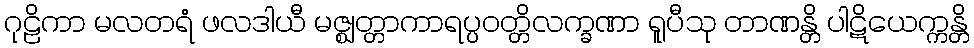
ဂုဠိကာ မလတရံ ဖလဒါယီ မဇ္ဈတ္တာကာရပ္ပဝတ္တိလက္ခဏာ ရူပီသု တာဏန္တိ ပါဋိယေက္ကန္တိ